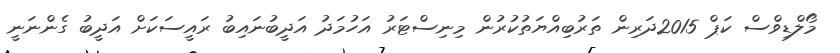
މޯލްޑިވްސް ކަޕް 2015ދަރިން ތަރުބިއްޔަތުކުރުން މިނިސްޓަރު އަހުމަދު އަދީބުނައިބު ރައީސަކަށް އަދީބު ގެންނަނީ